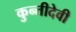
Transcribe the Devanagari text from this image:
कुन्तीदेवी